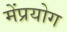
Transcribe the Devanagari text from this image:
मेंप्रयोग